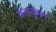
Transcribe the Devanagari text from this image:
फरग्युमन